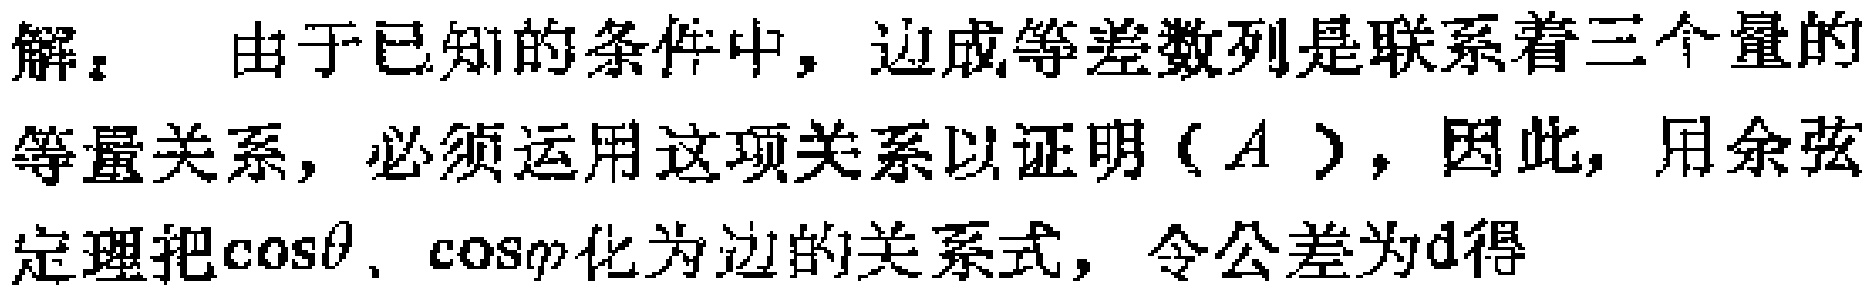
解：由于已知的条件中，边成等差数列是联系着三个量的等量关系，必须运用这项关系以证明（\(A\)），因此，用余弦定理把\(\cos\theta\)、\(\cos\varphi\)化为边的关系式，令公差为\(d\)得